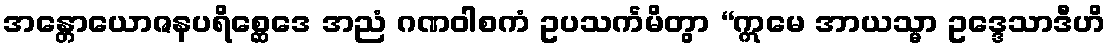
အန္တောယောဇနပရိစ္ဆေဒေ အညံ ဂဏဝါစကံ ဥပသင်္ကမိတွာ “ဣမေ အာယသ္မာ ဥဒ္ဒေသာဒီဟိ